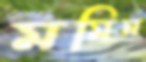
মমিন